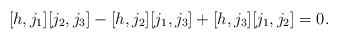
\begin{align*} [h,j_1][j_2,j_3] - [h,j_2][j_1,j_3] + [h,j_3][j_1,j_2] = 0.\end{align*}